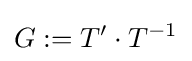
G:=T'\cdot T^{-1}